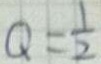
Q = \frac { 1 } { 2 }